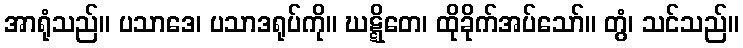
အာရုံသည်။ ပသာဒေ၊ ပသာဒရုပ်ကို။ ဃဋ္ဋိတေ၊ ထိုခိုက်အပ်သော်။ တွံ၊ သင်သည်။